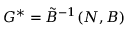
G ^ { * } = \tilde { B } ^ { - 1 } ( N , B )